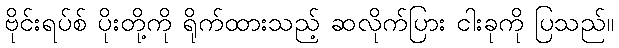
ဗိုင်းရပ်စ် ပိုးတို့ကို ရိုက်ထားသည့် ဆလိုက်ပြား ငါးခုကို ပြသည်။